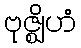
ဗုဇ္ဈိဟံ